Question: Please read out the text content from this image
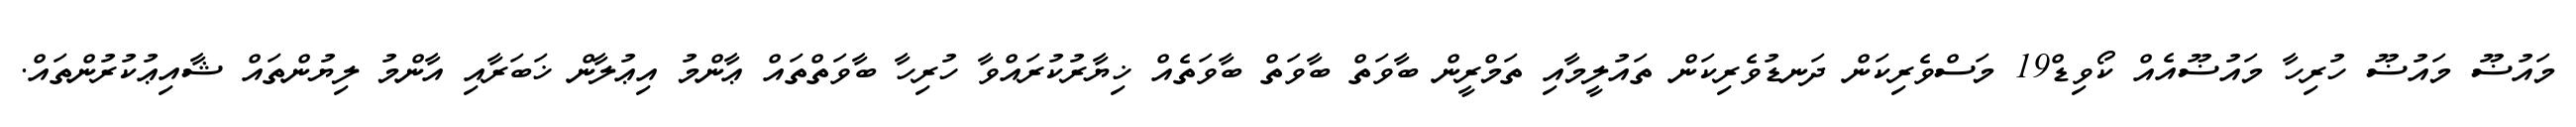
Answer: މައުޟޫ މައުޟޫ ހުރިހާ މައުޟޫއެއް ކޯވިޑް19 މަސްވެރިކަން ދަނޑުވެރިކަން ތައުލީމާއި ތަމްރީން ބާވަތް ބާވަތް ބާވަތެއް ޚިޔާރުކުރައްވާ ހުރިހާ ބާވަތްތައް ޢާންމު އިޢުލާން ޚަބަރާއި އާންމު ލިޔުންތައް ޝާއިޢުކުރުންތައް.